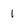
Character: 1